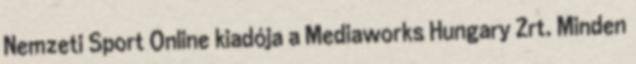
Nemzeti Sport Online kiadója a Mediaworks Hungary Zrt. Minden